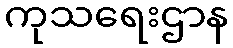
ကုသရေးဌာန